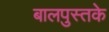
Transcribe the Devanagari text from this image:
बालपुस्तके